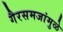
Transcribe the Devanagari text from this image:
गैरसमजांमुळे